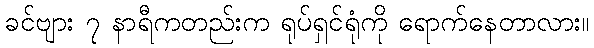
ခင်ဗျား ၇ နာရီကတည်းက ရုပ်ရှင်ရုံကို ရောက်နေတာလား။